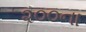
૨૦૦ના